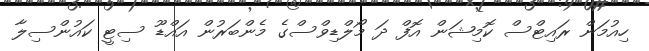
ހިއުމަން ރައިޓްސް ކޮމިޝަން އޮފް ދަ މޯލްޑިވްސްގެ މެންބަރުން އައްޑޫ ސިޓީ ކައުންސިލާ